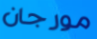
مورجان